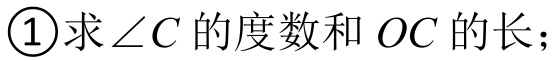
\textcircled{1}求$\angle C$的度数和$OC$的长；